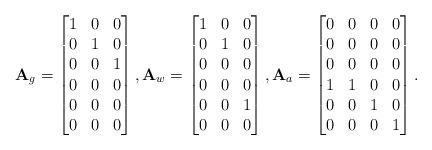
LaTeX: \begin{align*}\mathbf{A}_g = \begin{bmatrix} 1 & 0 & 0\\ 0 & 1 & 0\\ 0 & 0 & 1\\ 0 & 0 & 0\\ 0 & 0 & 0\\ 0 & 0 & 0 \end{bmatrix},\mathbf{A}_w = \begin{bmatrix} 1 & 0 & 0\\ 0 & 1 & 0\\ 0 & 0 & 0\\ 0 & 0 & 0\\ 0 & 0 & 1\\ 0 & 0 & 0 \end{bmatrix},\mathbf{A}_a = \begin{bmatrix} 0 & 0 & 0 & 0\\ 0 & 0 & 0 & 0\\ 0 & 0 & 0 & 0\\ 1 & 1 & 0 & 0\\ 0 & 0 & 1 & 0\\ 0 & 0 & 0 & 1 \end{bmatrix}.\end{align*}